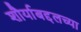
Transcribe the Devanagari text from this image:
शौर्याबद्दलच्या